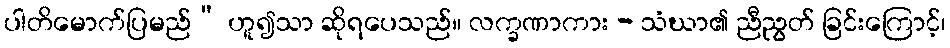
ပါတိမောက်ပြမည်” ဟူ၍သာ ဆိုရပေသည်။ လက္ခဏာကား - သံဃာ၏ ညီညွတ် ခြင်းကြောင့်၊